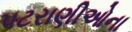
પટરાણીઓના